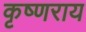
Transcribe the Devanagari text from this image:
कृष्णराय